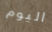
اليوم